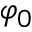
\varphi _ { 0 }